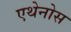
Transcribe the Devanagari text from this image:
एथेनोस